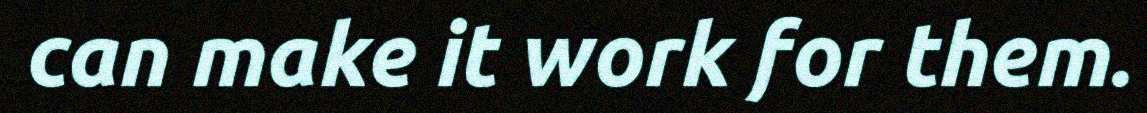
can make it work for them.